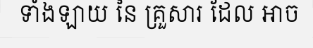
ទាំងឡាយ នៃ គ្រួសារ ដែល អាច